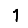
Digit: 1